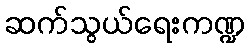
ဆက်သွယ်ရေးကဏ္ဍ